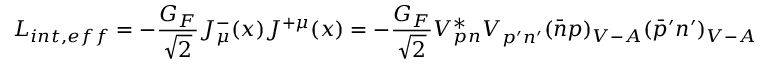
{ \cal L } _ { i n t , e f f } = - { \frac { G _ { F } } { \sqrt { 2 } } } J _ { \mu } ^ { - } ( x ) J ^ { + \mu } ( x ) = - { \frac { G _ { F } } { \sqrt { 2 } } } V _ { p n } ^ { * } V _ { p ^ { \prime } n ^ { \prime } } ^ { } ( \bar { n } p ) _ { V - A } ( \bar { p } ^ { \prime } n ^ { \prime } ) _ { V - A }